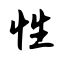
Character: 性